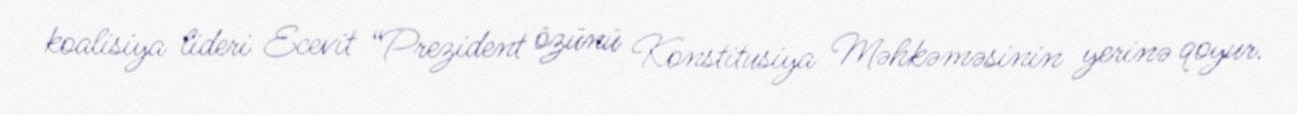
koalisiya lideri Ecevit “Prezident özünü Konstitusiya Məhkəməsinin yerinə qoyur.